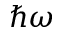
\hbar \omega